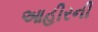
આહીરની